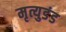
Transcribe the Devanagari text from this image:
मृत्युडंड